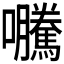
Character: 𭍂